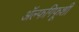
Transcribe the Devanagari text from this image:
ॲल्फगिफूशी